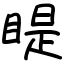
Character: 睼